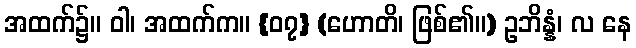
အထက်၌။ ဝါ၊ အထက်က။ {၀၇} (ဟောတိ၊ ဖြစ်၏။) ဥဘိန္နံ၊ လ နေ